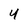
Character: 4